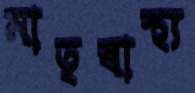
মাতৃস্বাস্থ্য